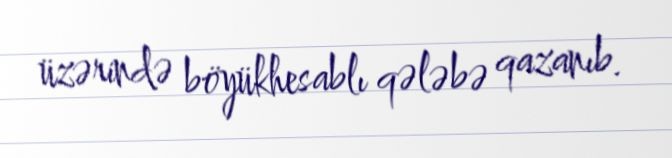
üzərində böyükhesablı qələbə qazanıb.